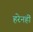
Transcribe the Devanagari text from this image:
हरेनहीं